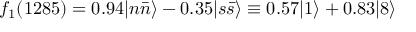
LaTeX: f _ { 1 } ( 1 2 8 5 ) = 0 . 9 4 | n \bar { n } \rangle - 0 . 3 5 | s \bar { s } \rangle \equiv 0 . 5 7 | 1 \rangle + 0 . 8 3 | 8 \rangle